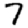
Digit: 7